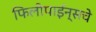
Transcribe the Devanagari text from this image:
फिलीपाईन्सचे